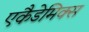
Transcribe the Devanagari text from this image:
एकैडेमिक्स